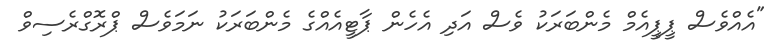
"އެއްވެސް ޕީޕީއެމް މެންބަރަކު ވެސް އަދި އެހެން ޕާޓީއެއްގެ މެންބަރަކު ނަމަވެސް ޕްރޮގްރެސިވް